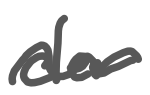
Text: der
Cross-out: wave
Writing tool: digital_gray